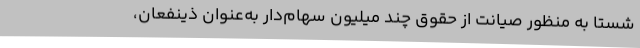
شستا به منظور صیانت از حقوق چند میلیون سهام‌دار به‌عنوان ذینفعان،